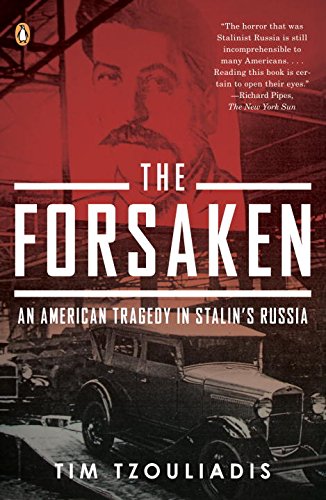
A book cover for The Forsaken: An American Tragedy in Stalin's Russia; Tim Tzouliadis; Computers & Technology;